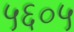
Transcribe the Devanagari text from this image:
५६०५